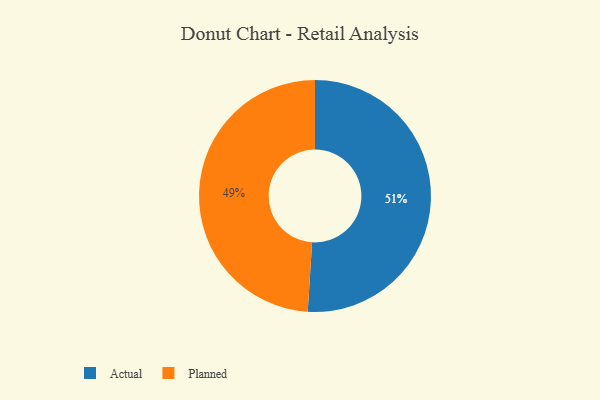
{"axis": {"x": "Category", "y": "Percentage"}, "legend": ["Actual", "Planned"], "data": [{"x": "Actual", "y": 51, "type": "Actual"}, {"x": "Planned", "y": 49, "type": "Planned"}]}